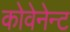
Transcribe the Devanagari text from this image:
कोवेनेन्ट